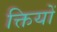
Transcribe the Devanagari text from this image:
क्तियों